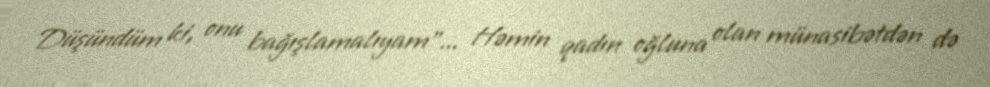
Düşündüm ki, onu bağışlamalıyam”... Həmin qadın oğluna olan münasibətdən də